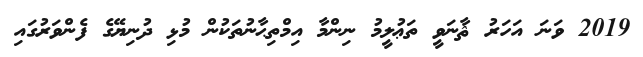
2019 ވަނަ އަހަރު ޘާނަވީ ތަޢުލީމު ނިންމާ އިމްތިޙާނުތަކުން މުޅި ދުނިޔޭގެ ފެންވަރުގައި